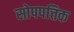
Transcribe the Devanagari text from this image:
सोपपत्तिक